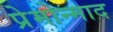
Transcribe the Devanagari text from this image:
प्रेमोन्माद